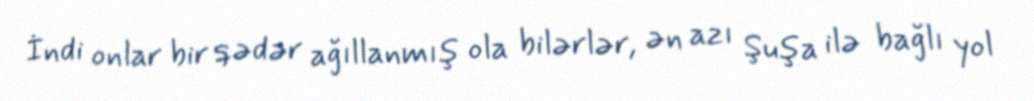
İndi onlar bir qədər ağıllanmış ola bilərlər, ən azı Şuşa ilə bağlı yol